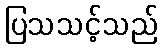
ပြသသင့်သည်